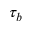
\tau _ { b }